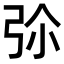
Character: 𢏏